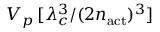
V _ { p } \, [ \lambda _ { c } ^ { 3 } / ( 2 n _ { \mathrm { a c t } } ) ^ { 3 } ]